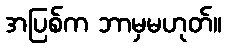
အပြစ်က ဘာမှမဟုတ်။